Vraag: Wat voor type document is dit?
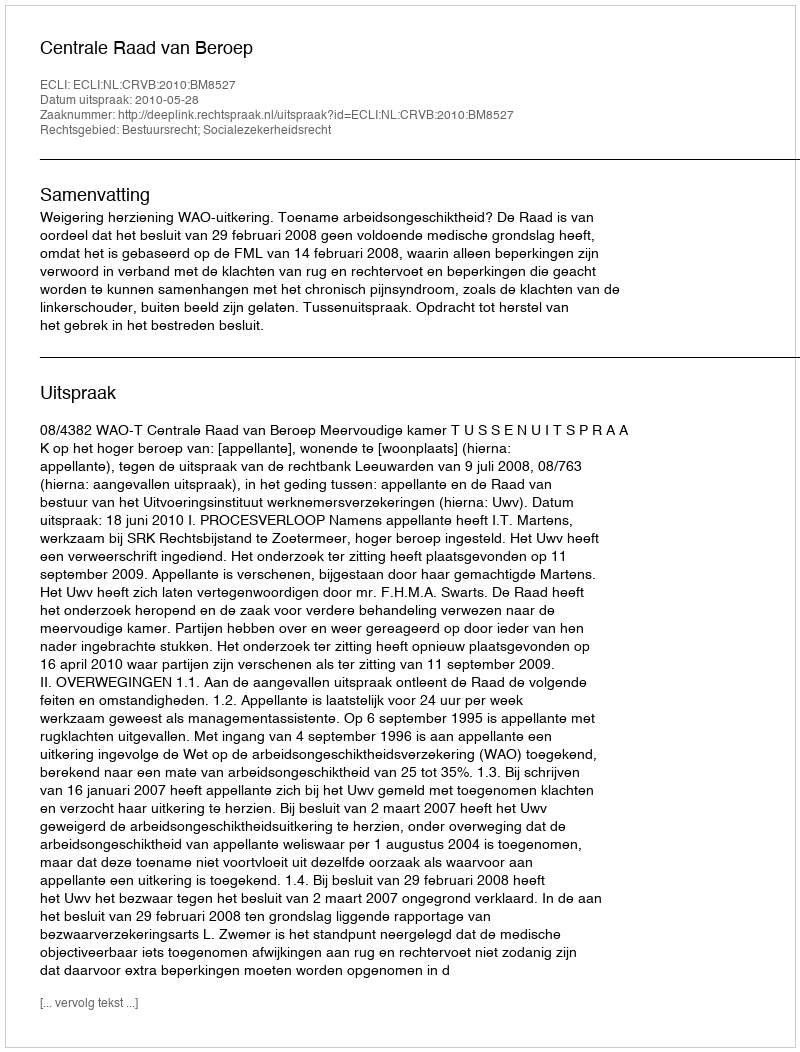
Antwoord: Uitspraak